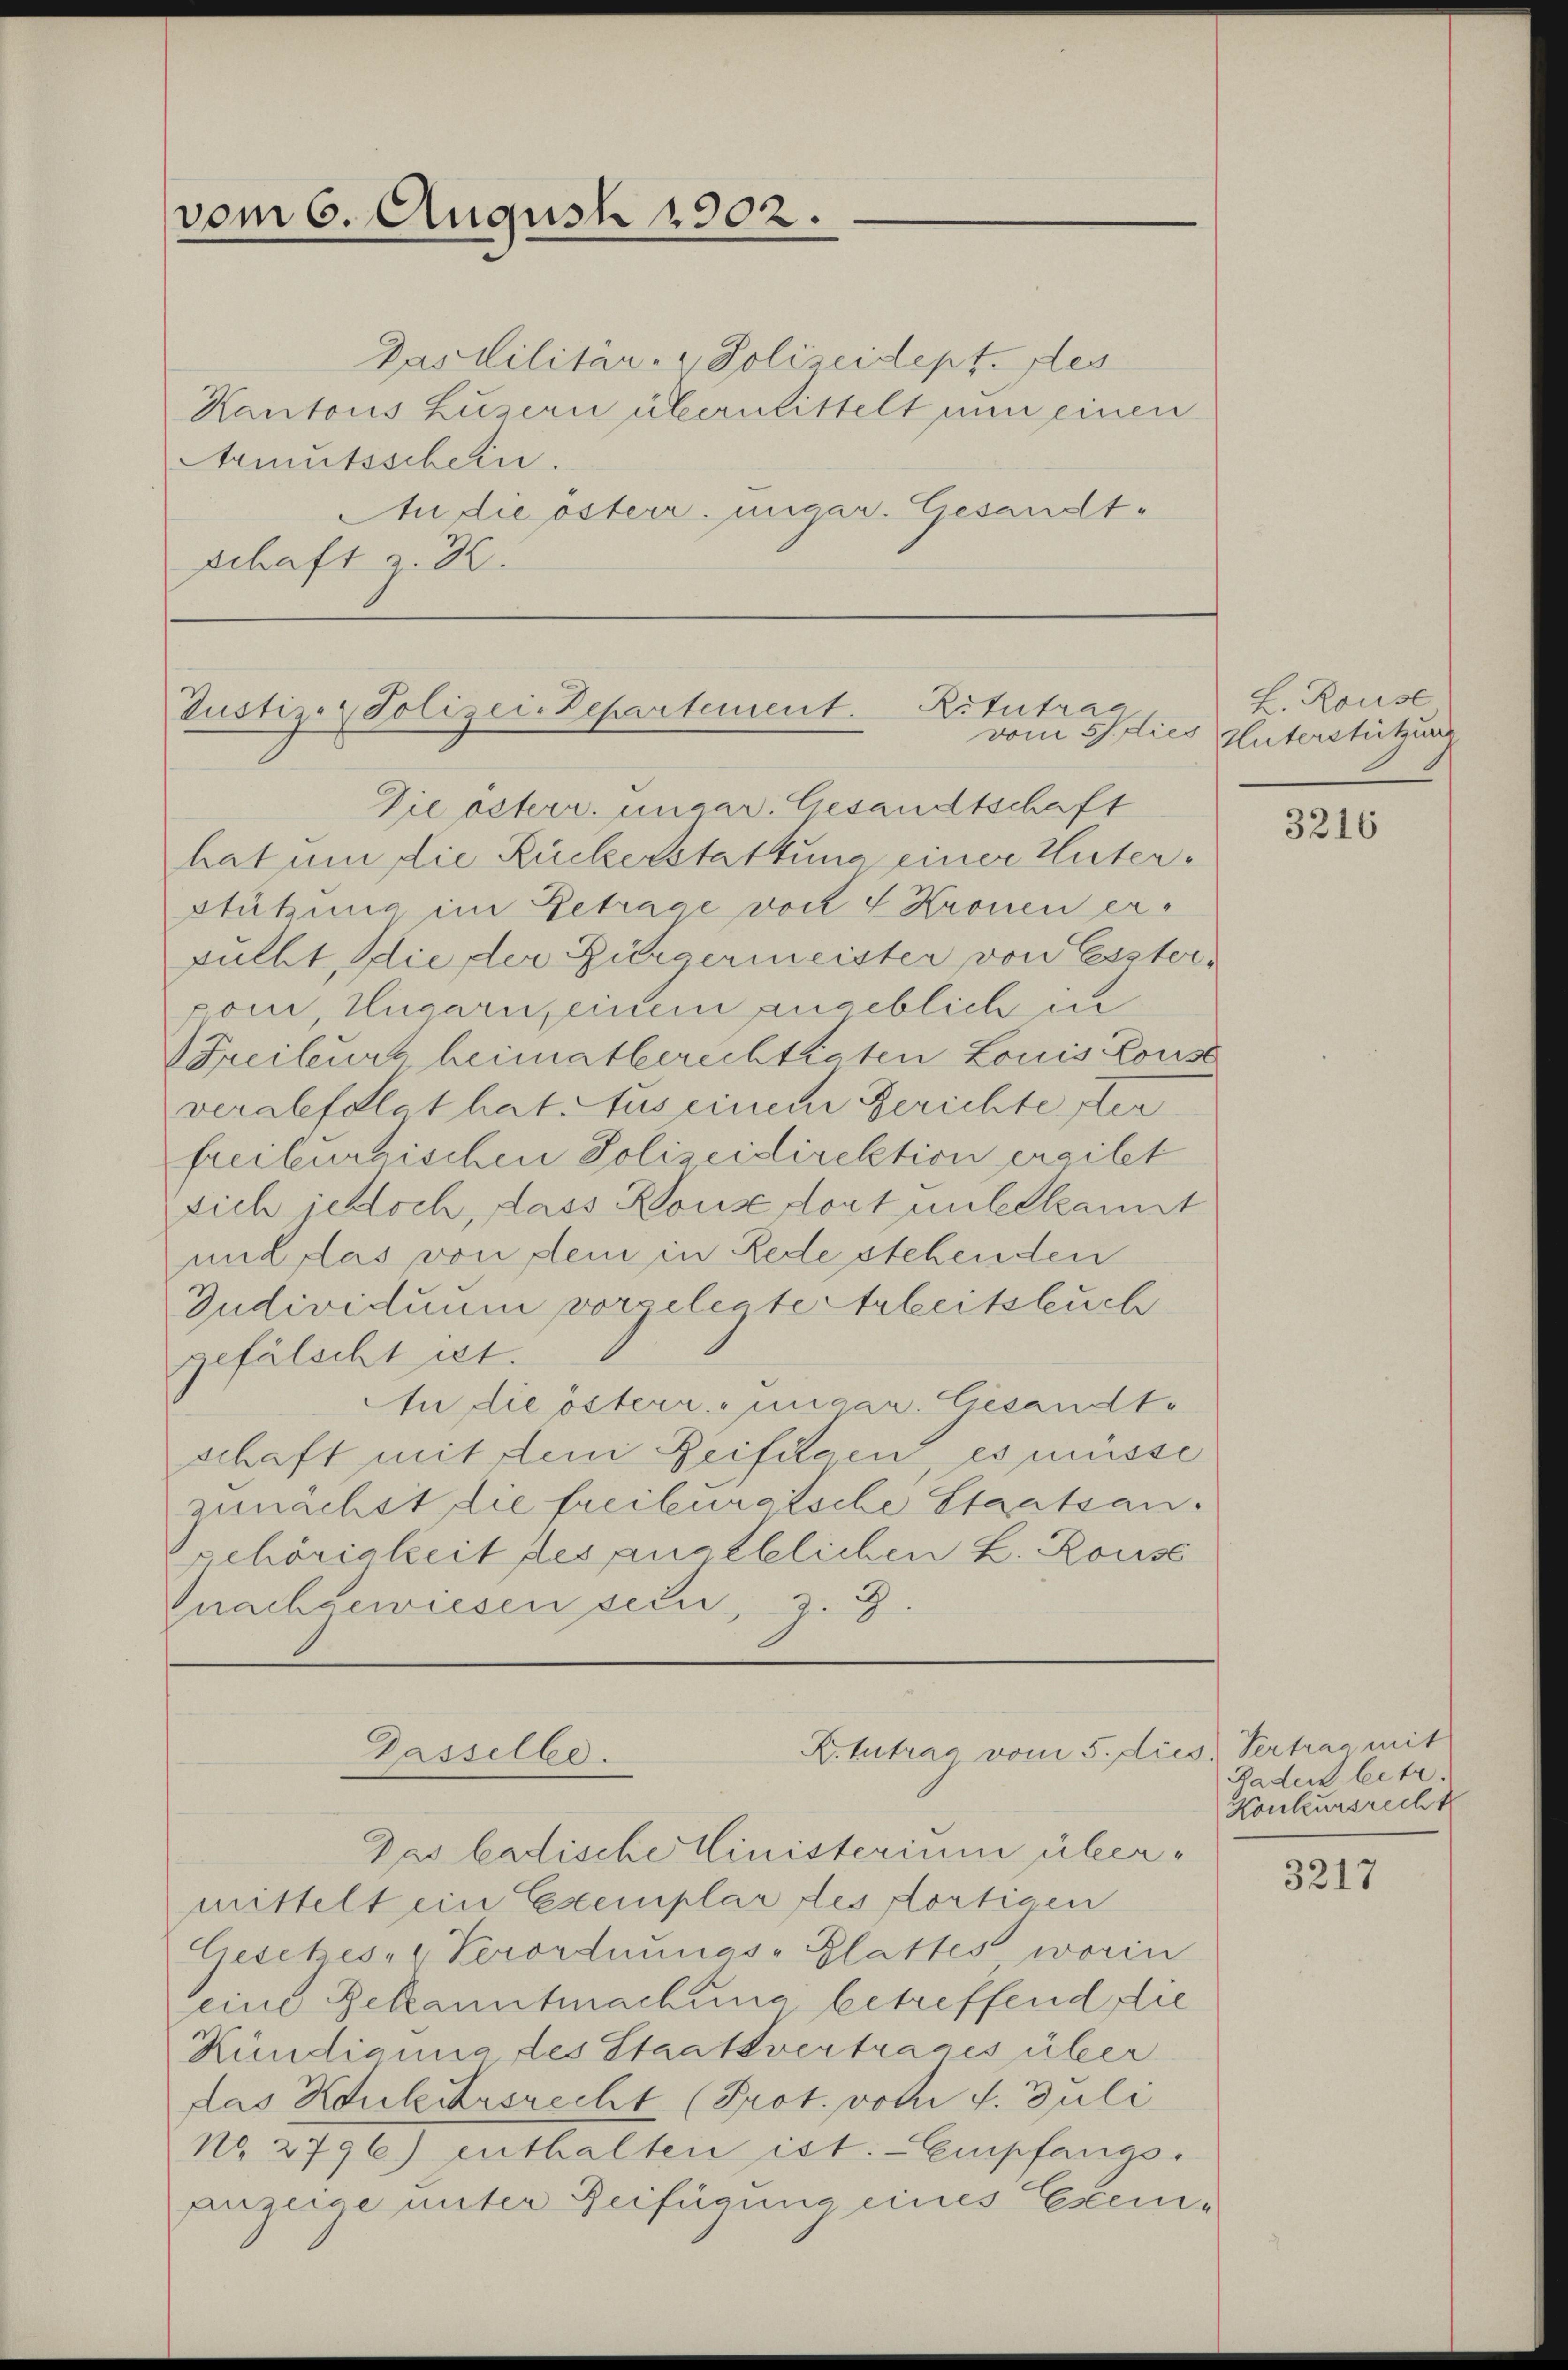
vom 6. August 1902.

Daslilitär- & Polizeidept. des
Kantons Luzern übermittelt nun einen
Armutsschein.
An die österr. ungar. Gesandt¬
Schaft u. 3.

Ritutrag
Justiz- & Polizei-Departement.
vom 5. Die

Die österr. ungar. Gesandtschaft
hat um die Ruckerstattung einer Unter¬
Stützung im Betrage vor 4 Kronen erfüllt, die, der Bürgermeister von Ersterpom, Ungarn, einem angeblich in
Freibeurs heimatberechtigten Louis Louise
verabfolgt hat Aus einem Gerichte ster
freiburgischen Polizeidirektion ereitet
sich jedoch, dass Konse dort unterkannt
und das von dem in Rede stehenden
Individuum vorgelegte Arbeitsleuch
gefälscht ist.
An die österr.-ungar. Gesandte
schaft mit dem Beifügen, es müsse
zunächst die freiburgische Staatsan.
gehörigkeit des angeblichen L. Rouse
Gnachgewiesen sein " 5.

K. lutrag vom 5. dies, Vertrag mit
Dasselbe.

Das badische Ministerium übermittelt ein Exemplar des fortigen
Gesetzes-Verordnungs- Glattes worin
eine Bekanntmachung betreffend die
Kündigung des Staatsvertrages über
das Schullehrsrecht (Prot. voti d. Juli
No. 2796) enthalten ist. - Empfangs-
auzeige unter Beifügung eines Exem-

H. Rouse
es Unterstützung

3216

Baden betr.
Konkursrecht

3217